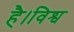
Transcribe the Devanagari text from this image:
है।विश्व